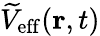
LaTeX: \widetilde{V}_{\mathrm{eff}}(\mathbf{r},t)